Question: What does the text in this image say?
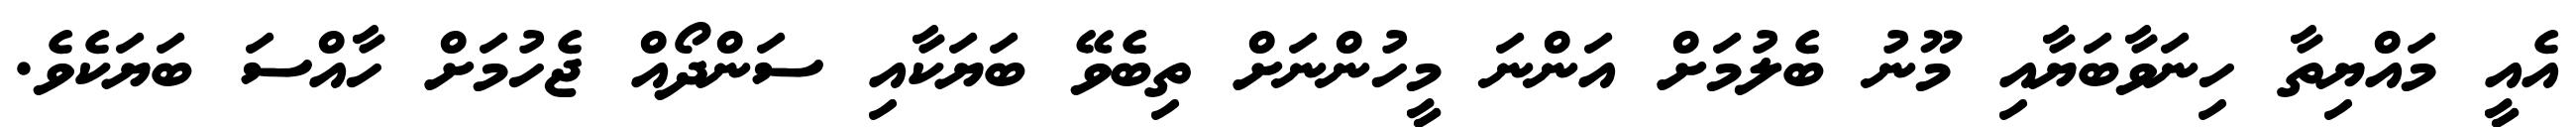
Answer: އެއީ މައްޔިތާ ހިނަވާބަޔާއި މޫނު ބެލުމަށް އަންނަ މީހުންނަށް ތިބެވޭ ބަޔަކާއި ސަންދޯއް ޖެހުމަށް ހާއްސަ ބަޔަކެވެ.